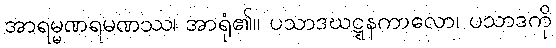
အာရမ္မဏရမဏဿ၊ အာရုံ၏။ ပသာဒဃဋ္ဋနကာလော၊ ပသာဒကို